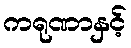
ကရုဏာနှင့်